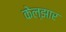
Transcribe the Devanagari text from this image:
केल्झार